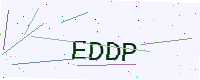
Text: EDDP